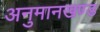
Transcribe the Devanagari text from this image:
अनुमानखण्ड